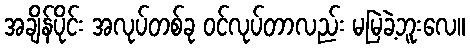
အချိန်ပိုင်း အလုပ်တစ်ခု ဝင်လုပ်တာလည်း မမြဲခဲ့ဘူးလေ။